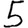
Digit: 5